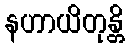
နဟာယိတုန္တိ